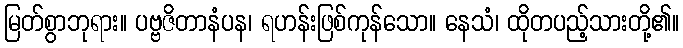
မြတ်စွာဘုရား။ ပဗ္ဗဇိတာနံပန၊ ရဟန်းဖြစ်ကုန်သော။ နေသံ၊ ထိုတပည့်သားတို့၏။